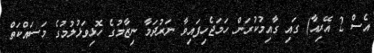
އެސް 2 އޭރިއާ) ގައި ގާއިމުކުރަން ހަމަޖެހިފައިވާ ނަރުދަމާ ނިޒާމުގެ ހޮޅިވަޅުލުމުގެ މަސައްކަތް